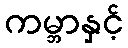
ကမ္ဘာနှင့်